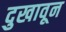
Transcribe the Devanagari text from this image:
दुखावून